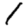
Digit: 1